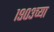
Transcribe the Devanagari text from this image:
१९०३च्या